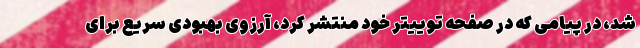
شد، در پیامی که در صفحه توییتر خود منتشر کرد، آرزوی بهبودی سریع برای